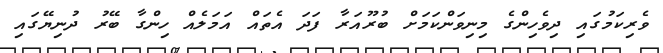
ވެރިކަމުގައި ދިވެހިންގެ މިނިވަންކަމަށް ބުރޫއަރާ ފަދަ އެތައް އަމަލެއް ހިންގާ ބޭރު ދުނިޔޭގައި